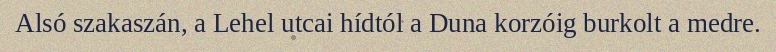
Alsó szakaszán, a Lehel utcai hídtól a Duna korzóig burkolt a medre.